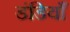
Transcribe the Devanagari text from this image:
डंडियाँ